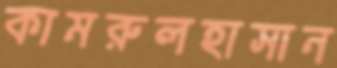
কামরুলহাসান